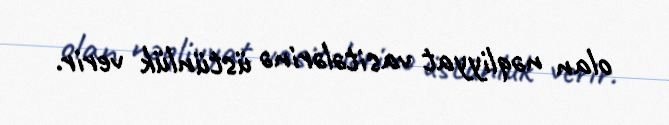
olan nəqliyyat vasitələrinə üstünlük verir.